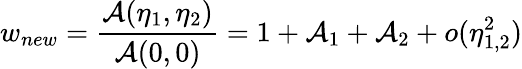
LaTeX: w_{new}={\frac{{\cal A}(\eta_{1},\eta_{2})}{{\cal A}(0,0)}}=1+{\cal A}_{1}+{\cal A}_{2}+o(\eta_{1,2}^{2})